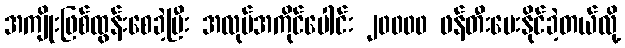
အကျိုးဖြစ်ထွန်းစေခဲ့ပြီး အလုပ်အကိုင်ပေါင်း ၂၀၀၀၀ ဖန်တီးပေးနိုင်ခဲ့တယ်လို့